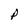
Character: p